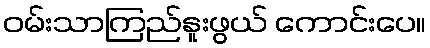
ဝမ်းသာကြည်နူးဖွယ် ကောင်းပေ။